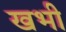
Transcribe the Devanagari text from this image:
खभी